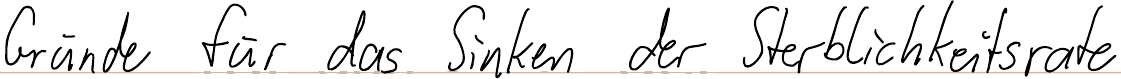
Gründe für das Sinken der Sterblichkeitsrate